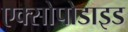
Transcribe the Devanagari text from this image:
एक्सोपोडाइड